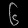
Digit: ၆